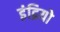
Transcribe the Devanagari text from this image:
इंद्रियो